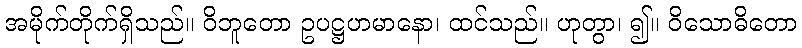
အမိုက်တိုက်ရှိသည်။ ဝိဘူတော ဥပဋ္ဌဟမာနော၊ ထင်သည်။ ဟုတွာ၊ ၍။ ဝိသောဓိတော